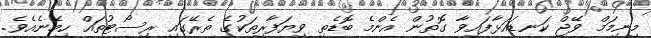
މިނިމަމް ވޭޖް ކަނޑައަޅާފައިވާ ގޮތުން އެންމެ ބޮޑެތި ވިޔަފާރިތަކުގެ ތެރޭގައި ރިސޯޓުތައް ހިމެނެއެވެ.